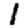
Digit: 1